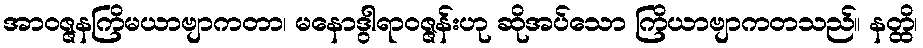
အာဝဇ္ဇနကြိမယာဗျာကတာ၊ မနောဒွါရာဝဇ္ဇန်းဟု ဆိုအပ်သော ကြိယာဗျာကတသည်။ နတ္ထိ၊